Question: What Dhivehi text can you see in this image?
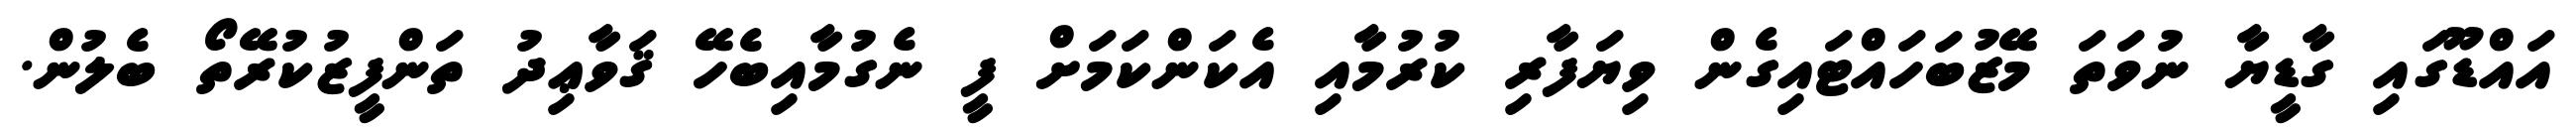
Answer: އައްޑޫގައި ގާޑީޔާ ނުވަތަ މޭޒުބަހައްޓައިގެން ވިޔަފާރި ކުރުމާއި އެކަންކަމަށް ފީ ނެގުމާއިބެހޭ ޤަވާޢިދު ތަންފީޒުކުރޭތޯ ބެލުން.